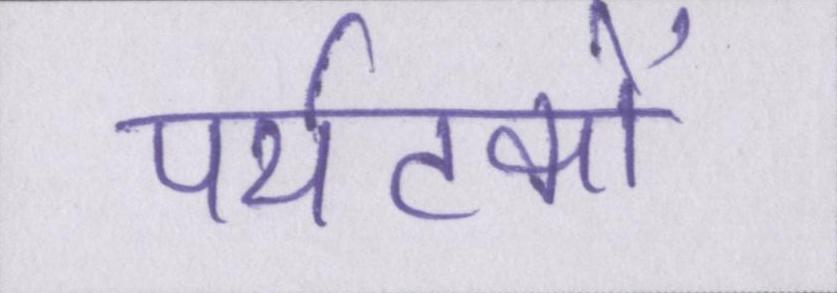
पर्यटकों